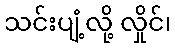
သင်းပျံ့လို့ လှိုင်၊